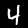
Label: 4